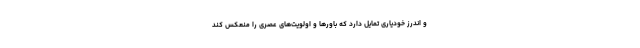
و اندرز خودیاری تمایل دارد که باورها و اولویت‌های عصری را منعکس کند